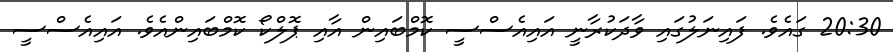
20:30 ގައެވެ. ފައިނަލުގައި ވާދަކުރާނީ އައިއެސްސީ ކޮމްބައިން އާއި ޕޮލްކޯ ކޮމްބައިންއެވެ. އައިއެސްސީ